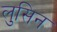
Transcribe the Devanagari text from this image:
लुसिन